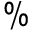
\%